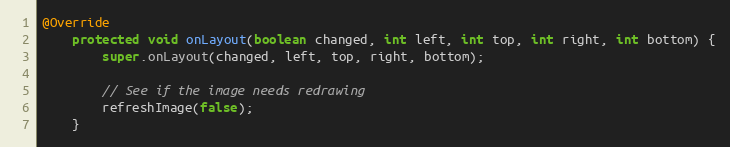
Language: Java
@Override
    protected void onLayout(boolean changed, int left, int top, int right, int bottom) {
        super.onLayout(changed, left, top, right, bottom);

        // See if the image needs redrawing
        refreshImage(false);
    }